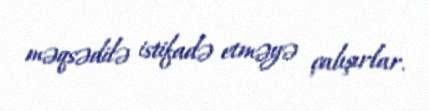
məqsədilə istifadə etməyə çalışırlar.